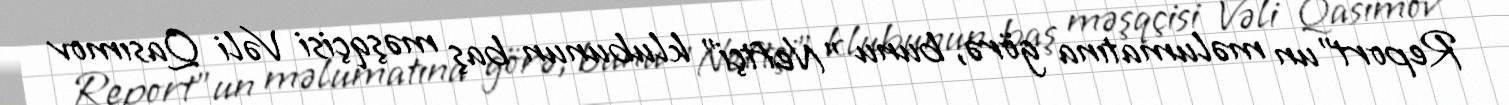
Report"un məlumatına görə, bunu "Neftçi" klubunun baş məşqçisi Vəli Qasımov